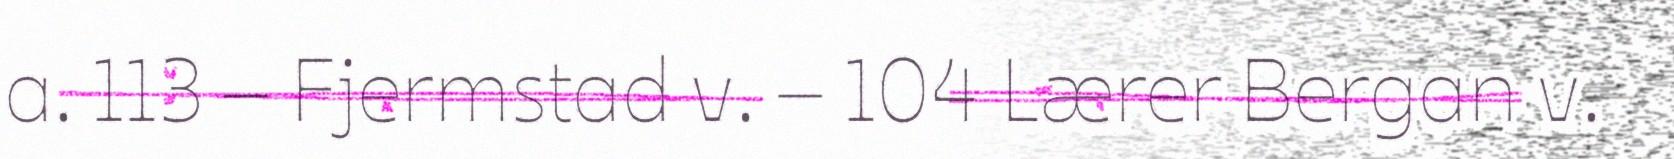
a. 113 – Fjermstad v. – 104 Lærer Bergan v.